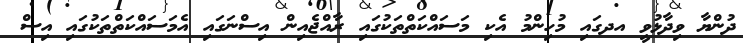
ދުންޔާ ވިދާޅުވީ އދގައި މުހިންމު އެކި މަސައްކަތްތަކުގައި ރާއްޖެއިން އިސްނަގައި އެމަސައްކަތްތަކުގައި އިސް